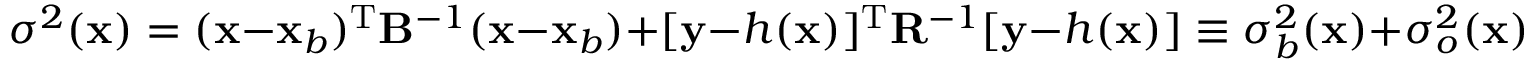
\sigma ^ { 2 } ( { \bf x } ) = ( { \bf x } - { \bf x } _ { b } ) ^ { \mathrm { T } } { \bf B } ^ { - 1 } ( { \bf x } - { \bf x } _ { b } ) + [ { \bf y } - h ( { \bf x } ) ] ^ { \mathrm { T } } { \bf R } ^ { - 1 } [ { \bf y } - h ( { \bf x } ) ] \equiv \sigma _ { b } ^ { 2 } ( { \bf x } ) + \sigma _ { o } ^ { 2 } ( { \bf x } ) \; ,